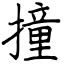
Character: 撞